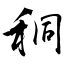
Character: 秱